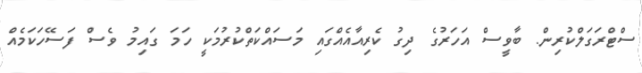
ސްޓްރަގަލްކުރިން. ބާވީސް އަހަރުގެ ދިގު ކެރިއާއެއްގައި މަސައްކަތްކުރުމަކީ ހަމަ ގައިމު ވެސް ފަސޭހަކަމެއް